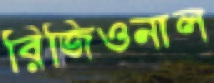
রিজিওনাল